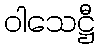
ဝါသေဋ္ဌီ